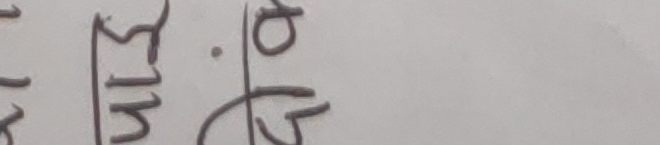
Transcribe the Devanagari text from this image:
४५.०५